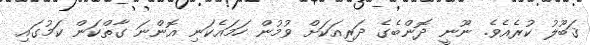
ޤަބޫލު ކުރެއެވެ. ނޫނީ ދޮންބެގެ ދަރިއަކަށް ވުމުން ހަމައެކަނި އޮންނަ ގާތްކަން ކަމުގައި